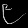
Digit: ၉